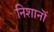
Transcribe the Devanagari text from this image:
निशानॊं